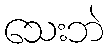
သေးဘဲ